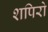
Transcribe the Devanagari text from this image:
शपिरो